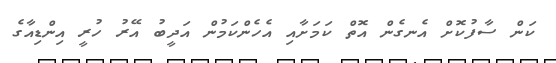
ކަން ސާފުކޮށް އެނގެން އޮތް ކަމަށާއި އެހެންކަމުން އަދީބު އޭރު ހުރީ އިންޑިއާގެ